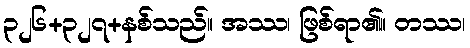
၃၂၆+၃၂၇+နစ်သည်။ အဿ၊ ဖြစ်ရာ၏။ တဿ၊